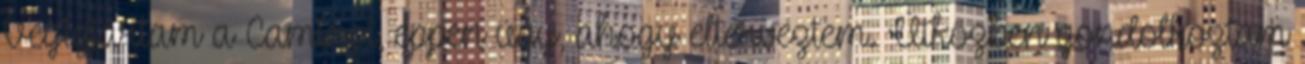
Végigjártam a Caminot, éppen úgy, ahogy elterveztem. Útközben gondolkoztam